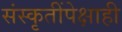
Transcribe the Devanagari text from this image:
संस्कृतींपेक्षाही